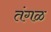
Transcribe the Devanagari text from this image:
तंगळ